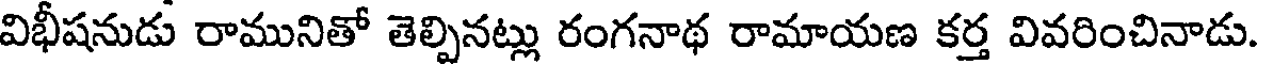
విభీషనుడు రామునితో తెల్పినట్లు రంగనాథ రామాయణ కర్త వివరించినాడు.